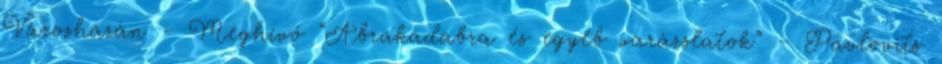
Városházán – Meghívó “Abrakadabra és egyéb varázslatok” – Pavlovits